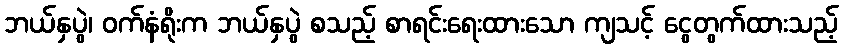
ဘယ်နှပွဲ၊ ဝက်နံရိုးက ဘယ်နှပွဲ စသည့် စာရင်းရေးထားသော ကျသင့် ငွေတွက်ထားသည့်